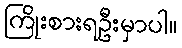
ကြိုးစားရဦးမှာပါ။